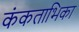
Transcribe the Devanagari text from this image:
कंकताभिका